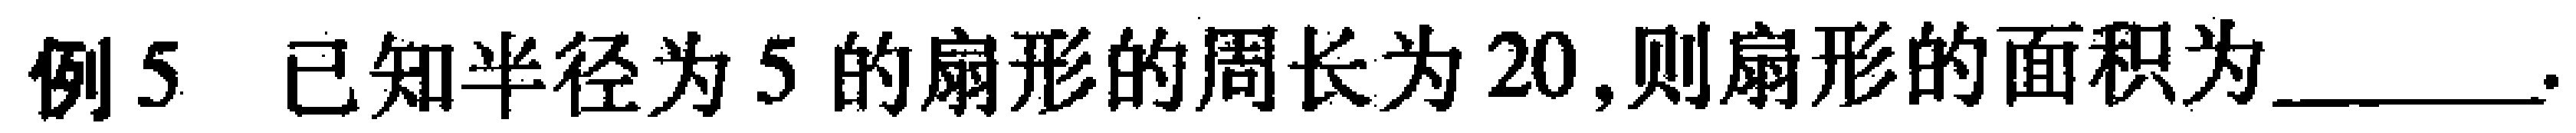
例5 已知半径为5的扇形的周长为20,则扇形的面积为______.